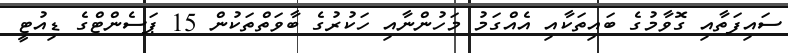
ސައިފަތާއި ގޮވާމުގެ ބައިތަކާއި އެއްގަމު މަހުންނާއި ހަކުރުގެ ބާވަތްތަކުން 15 ޕަސެންޓްގެ ޑިއުޓީ